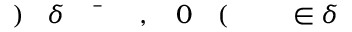
\! \! \! \! \! \! \! \! \! \! \! \delta \! \! \! \! \! \! \! \! \! \! \! \! \in \! \! \! \! \! \! \! \! \! \! \! \! \! \! \! \! \! \! \! \! \! \! \! \! ( \! \! \! \! \! \! \! \! \! \! \! \! 0 \! \! \! \! \! \! \! \! \! \! \! \! , \! \! \! \! \! \! \! \! \! \! \! \! \bar { \! } \! \! \! \! \! \! \! \! \! \! \! \delta \! \! \! \! \! \! \! \! \! \! \! \! ) \! \! \! \! \! \! \! \! \! \! \!